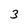
Character: 3